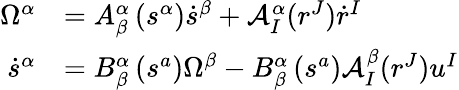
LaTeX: \begin{array}{rl}{\Omega^{\alpha}}&{=A_{\beta}^{\alpha}\left(s^{\alpha}\right)\dot{s}^{\beta}+\mathcal{A}_{I}^{\alpha}(r^{J})\dot{r}^{I}}\\ {\dot{s}^{\alpha}}&{=B_{\beta}^{\alpha}\left(s^{a}\right)\Omega^{\beta}-B_{\beta}^{\alpha}\left(s^{a}\right)\mathcal{A}_{I}^{\beta}(r^{J})u^{I}}\end{array}